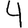
Digit: 4